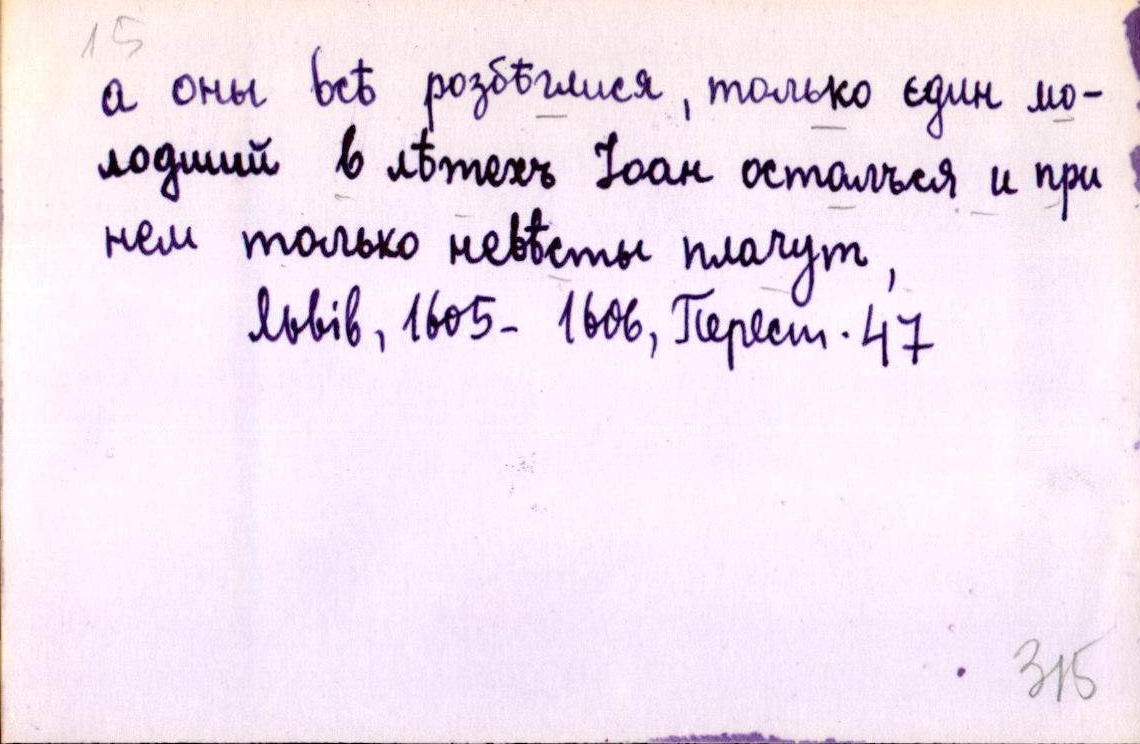
а оны всѣ розбѣглися, только єдин мо-
лодший в лѣтехъ Іоан осталъся и при
нем только невѣсты плачут,
Львів, 1605-1606, Перест. 47